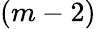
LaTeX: (m-2)